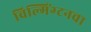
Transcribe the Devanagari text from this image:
विल्मिंग्टनचा